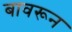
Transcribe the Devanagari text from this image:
बावरून